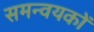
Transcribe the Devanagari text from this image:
समन्वयकों